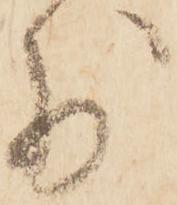
少